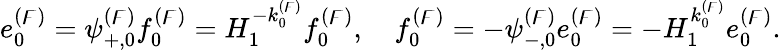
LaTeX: e_{0}^{(\digamma)}=\psi_{+,0}^{(\digamma)}f_{0}^{(\digamma)}=H_{1}^{-k_{0}^{(\digamma)}}f_{0}^{(\digamma)},\quad f_{0}^{(\digamma)}=-\psi_{-,0}^{(\digamma)}e_{0}^{(\digamma)}=-H_{1}^{k_{0}^{(\digamma)}}e_{0}^{(\digamma)}.